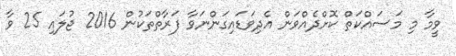
ވީމާ މި މަސައްކަތް ކޮށްދެއްވަން އެދިވަޑައިގަންނަވާ ފަރާތްތަކުން 2016 ޖުލައި 25 ވާ